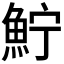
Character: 𩶂